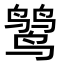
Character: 𪉓